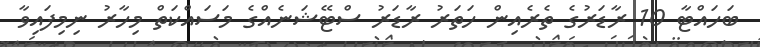
ބަހައްޓާ 10 ރާޑަރުގެ ތެރެއިން ހަތަރު ރާޑަރު ސްޓޭޝަނެއްގެ މަސައްކަތް މިހާރު ނިމިފައިވާ